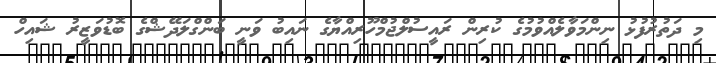
މި ދަތުރުފުޅު ނިންމަވާލެއްވުމުގެ ކުރިން ރައީސުލްޖުމްހޫރިއްޔާގެ ނައިބު ވަނީ ބަންގްލަދޭޝްގެ ބޮޑުވަޒީރު ޝައިހް